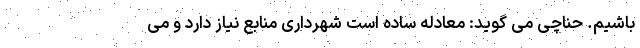
باشیم. حناچی می گوید: معادله ساده است شهرداری منابع نیاز دارد و می